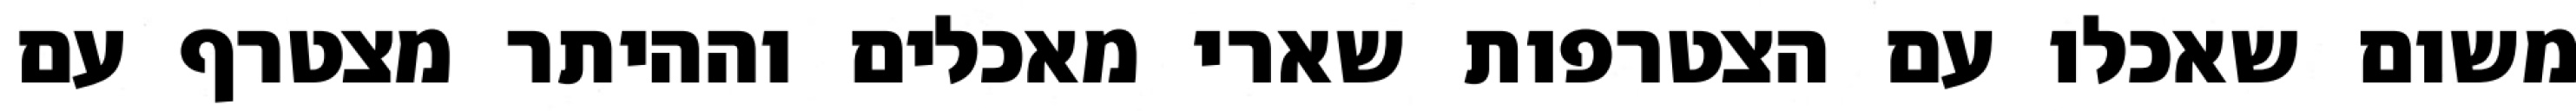
משום שאכלו עם הצטרפות שארי מאכלים וההיתר מצטרף עם